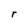
Character: r